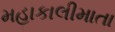
મહાકાલીમાતા